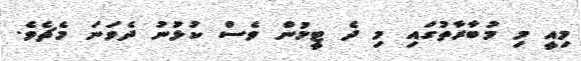
މިއީ މި މުބާރާތުގައި މި ދެ ޓީމުން ވެސް ކުޅުނު ދެވަނަ މެޗެވެ.